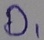
Text: D1